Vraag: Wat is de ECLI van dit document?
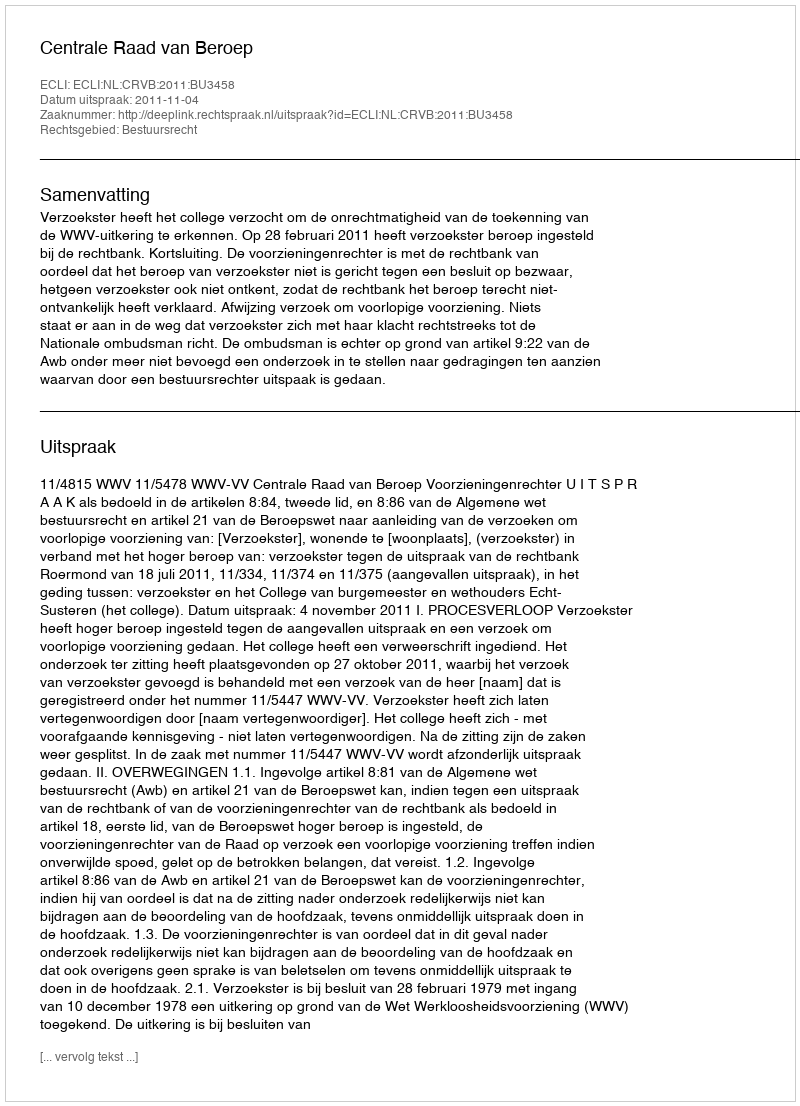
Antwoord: ECLI:NL:CRVB:2011:BU3458